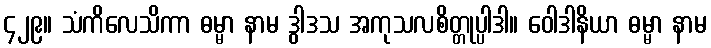
၄၂၉။ သံကိလေသိကာ ဓမ္မာ နာမ ဒွါဒသ အကုသလစိတ္တုပ္ပါဒါ။ ဝေါဒါနိယာ ဓမ္မာ နာမ